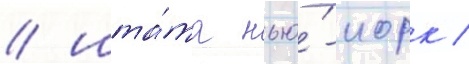
/ шта́та нью́-иорк /